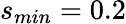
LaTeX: s_{min}=0.2